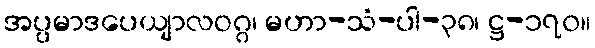
အပ္ပမာဒပေယျာလဝဂ္ဂ၊ မဟာ-သံ-ပါ-၃၈၊ ဋ္ဌ-၁၇၀။